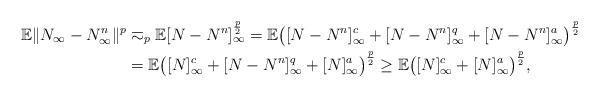
LaTeX: \begin{align*} \mathbb E\|N_{\infty}-N^n_{\infty}\|^p &\eqsim_p \mathbb E[N-N^n]_{\infty}^{\frac p2} = \mathbb E \bigl([N-N^n]^c_{\infty} + [N-N^n]^q_{\infty}+ [N-N^n]^a_{\infty}\bigr)^{\frac p2}\\ &=\mathbb E \bigl([N]^c_{\infty} + [N-N^n]^q_{\infty}+ [N]^a_{\infty}\bigr)^{\frac p2}\geq \mathbb E \bigl([N]^c_{\infty}+ [N]^a_{\infty}\bigr)^{\frac p2}, \end{align*}